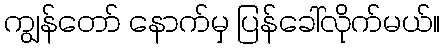
ကျွန်တော် နောက်မှ ပြန်ခေါ်လိုက်မယ်။